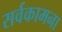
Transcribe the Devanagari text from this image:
सर्वकामना